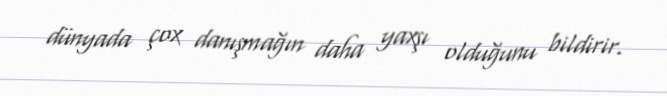
dünyada çox danışmağın daha yaxşı olduğunu bildirir.